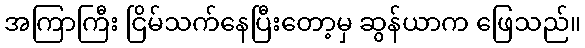
အကြာကြီး ငြိမ်သက်နေပြီးတော့မှ ဆွန်ယာက ဖြေသည်။